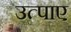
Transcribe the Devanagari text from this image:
उत्पाए